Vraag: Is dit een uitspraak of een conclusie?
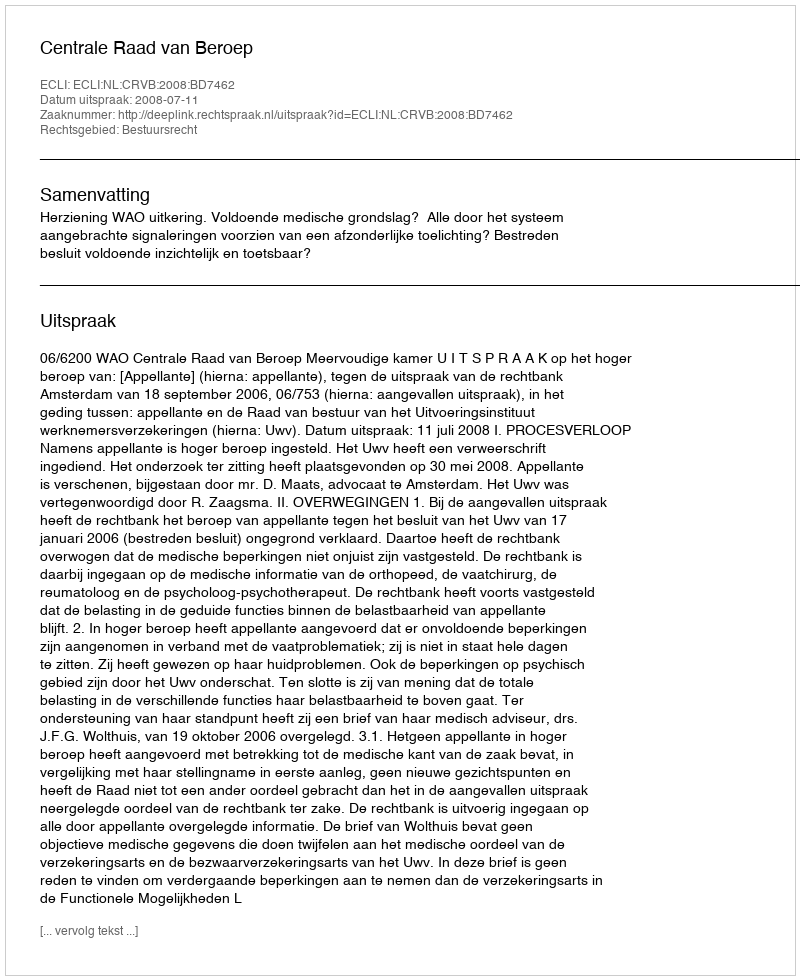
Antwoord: Uitspraak